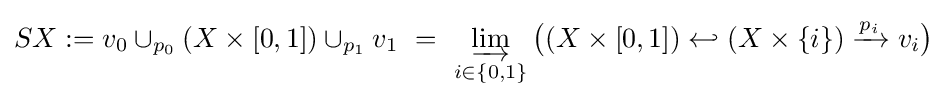
SX:=v_{0}\cup _{p_{0}}(X\times [0,1])\cup _{p_{1}}v_{1}\ =\ \varinjlim _{i\in \{0,1\}}{\bigl (}(X\times [0,1])\hookleftarrow (X\times \{i\})\xrightarrow {p_{i}} v_{i}{\bigr )}